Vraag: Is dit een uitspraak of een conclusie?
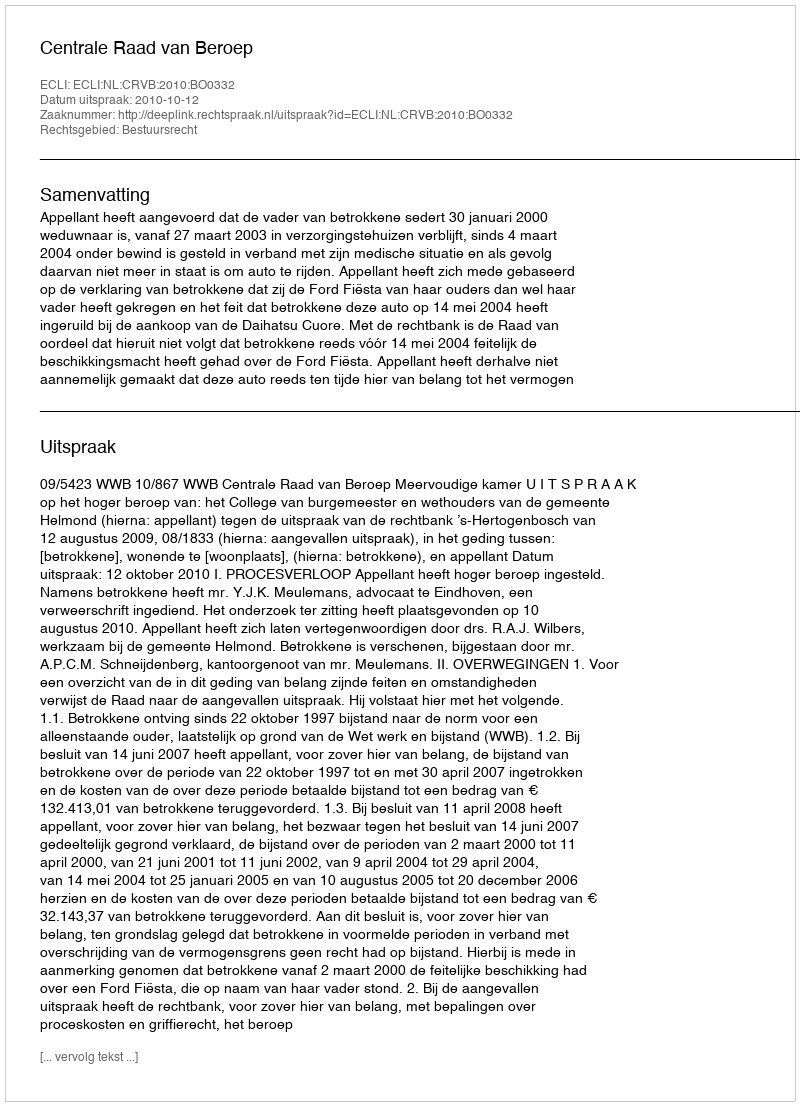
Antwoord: Uitspraak